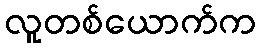
လူတစ်ယောက်က